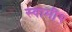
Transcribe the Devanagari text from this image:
स्वामी२